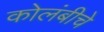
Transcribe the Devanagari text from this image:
कोलंबीचे